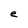
Character: e